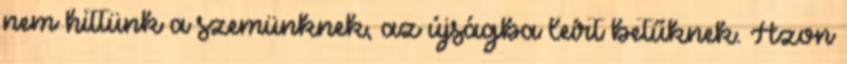
nem hittünk a szemünknek, az újságba leírt betűknek. Azon